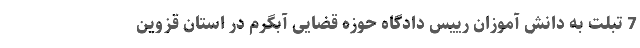
7 تبلت به دانش آموزان رییس دادگاه حوزه قضایی آبگرم در استان قزوین